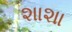
શાશા